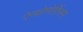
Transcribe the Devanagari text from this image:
ऐन्थ्रोमोर्फिस्म